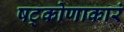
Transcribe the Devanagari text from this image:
षट्कोणाकारं